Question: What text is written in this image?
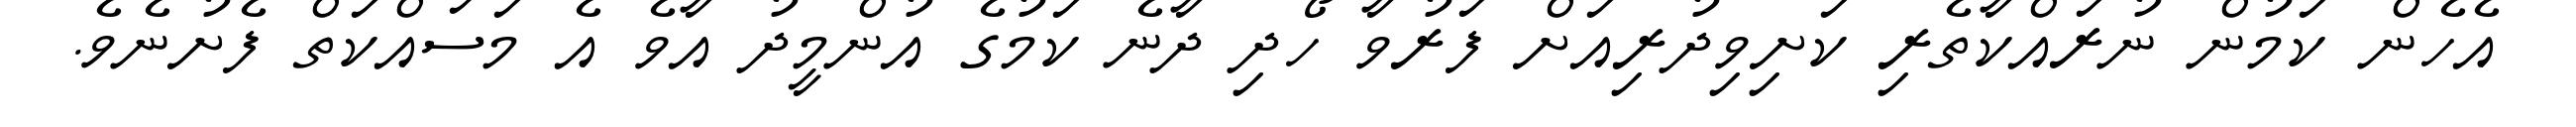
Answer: އެހެން ކަމުން ނުރައްކާތެރި ކަށިވިދުރިއަށް ފަރުވާ ހޯދި ދާނެ ކަމުގެ އުންމީދު އާވެ އެ މަސައްކަތް ފެށުނެވެ.